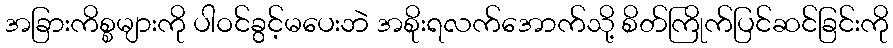
အခြားကိစ္စများကို ပါဝင်ခွင့်မပေးဘဲ အစိုးရလက်အောက်သို့ စိတ်ကြိုက်ပြင်ဆင်ခြင်းကို